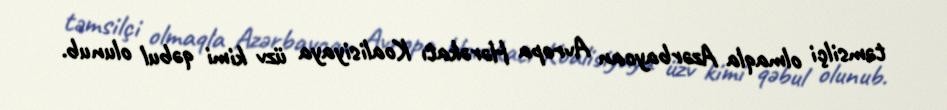
təmsilçi olmaqla Azərbaycan Avropa Hərəkatı Koalisiyaya üzv kimi qəbul olunub.